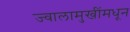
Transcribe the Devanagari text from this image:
ज्वालामुखींमधून